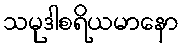
သမုဒါစရိယမာနော